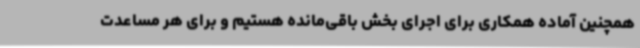
همچنین آماده همکاری برای اجرای بخش باقی‌مانده هستیم و برای هر مساعدت